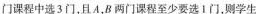
门课程中选3门，且A，B两门课程至少要选1门，则学生